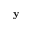
{ \bf y }